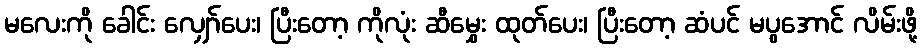
မလေးကို ခေါင်း လျှော်ပေး၊ ပြီးတော့ ကိုလုံး ဆီမွှေး ထုတ်ပေး၊ ပြီးတော့ ဆံပင် မပွအောင် လိမ်းဖို့